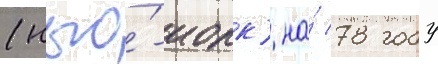
(нью́-иорк) на́ 78 году